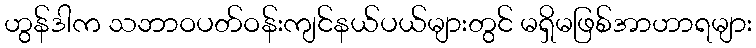
ဟွန်ဒါက သဘာဝပတ်ဝန်းကျင်နယ်ပယ်များတွင် မရှိမဖြစ်အာဟာရများ